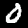
Label: 0